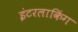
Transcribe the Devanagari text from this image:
इंटरलाकिंग